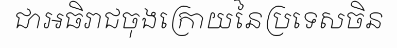
ជាអធិរាជចុងក្រោយនៃប្រទេសចិន